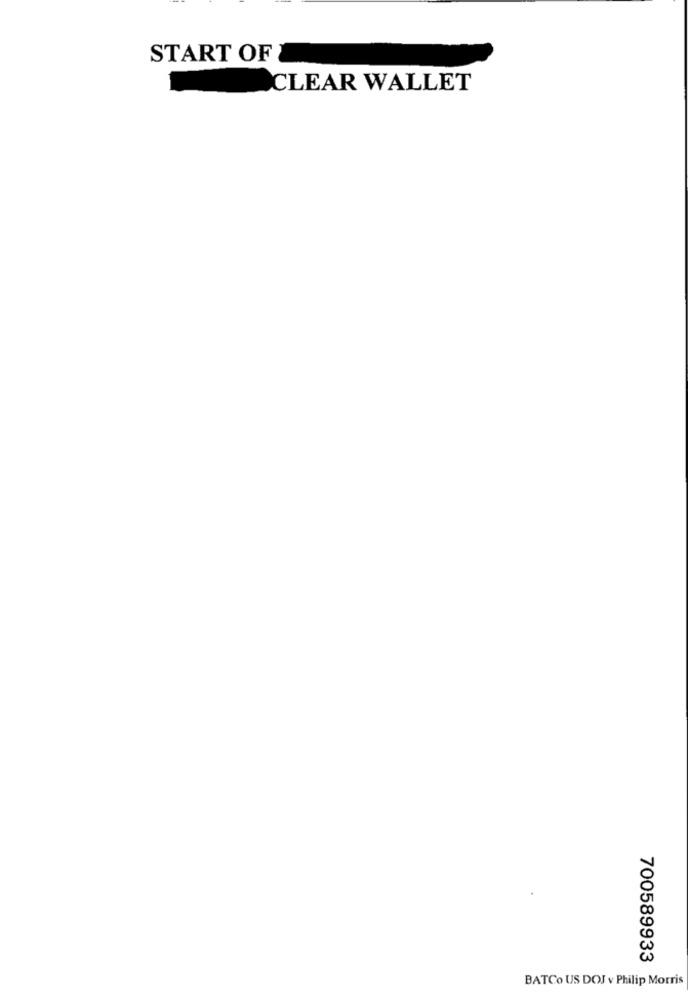
START OF
CLEAR WALLET
700589933
BATCo US DOJ v Philip Morris